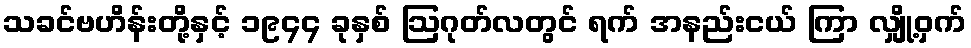
သခင်ဗဟိန်းတို့နှင့် ၁၉၄၄ ခုနှစ် ဩဂုတ်လတွင် ရက် အနည်းငယ် ကြာ လျှို့ဝှက်